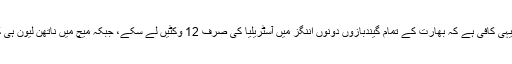
اس کا اندازہ لگانے کے لیے یہی کافی ہے کہ بھارت کے تمام گیندبازوں دونوں اننگز میں آسٹریلیا کی صرف 12 وکٹیں لے سکے، جبکہ میچ میں ناتھن لیون ہی کی وکٹوں کی تعداد 12 رہی۔